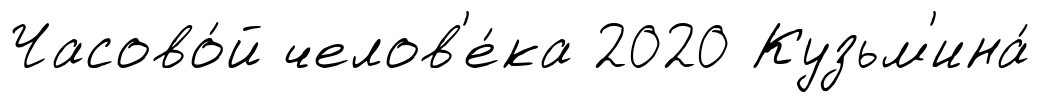
Часово́й челов'е́ка 2020 Кузьм'ина́